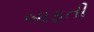
બાફતી